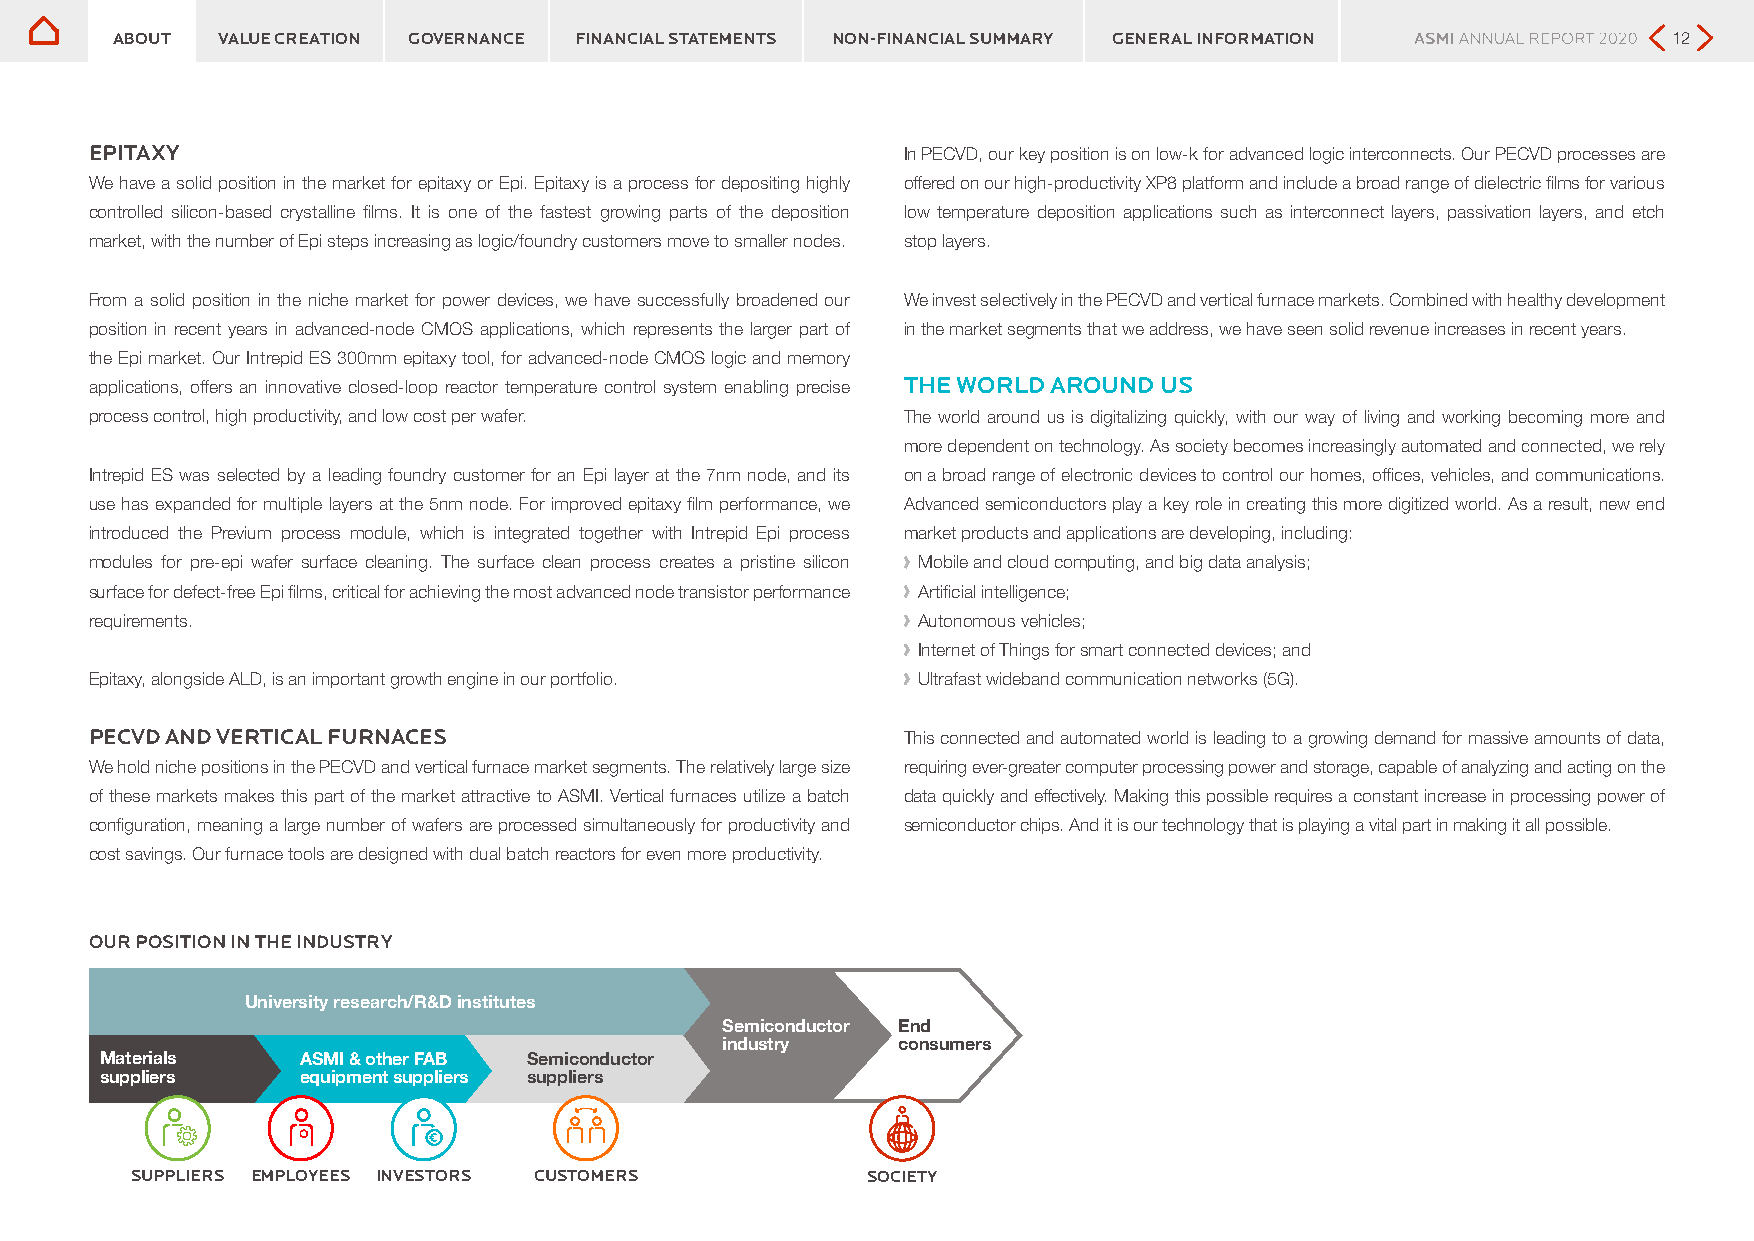
ABOUT  VALUE CREATION GOVERNANCE FINANCIAL STATEMENTS NON-FINANCIAL SUMMARY GENERAL INFORMATION         12
 EPITAXY                                               In PECVD, our key position is on low-k for advanced logic interconnects. Our PECVD processes are
 We have a solid position in the market for epitaxy or Epi. Epitaxy is a process for depositing highly offered on our high-productivity XP8 platform and include a broad range of dielectric films for various
 controlled silicon-based crystalline films. It is one of the fastest growing parts of the deposition low temperature deposition applications such as interconnect layers, passivation layers, and etch
 market, with the number of Epi steps increasing as logic/foundry customers move to smaller nodes. stop layers.
 From a solid position in the niche market for power devices, we have successfully broadened our We invest selectively in the PECVD and vertical furnace markets. Combined with healthy development
 position in recent years in advanced-node CMOS applications, which represents the larger part of in the market segments that we address, we have seen solid revenue increases in recent years.
 the Epi market. Our Intrepid ES 300mm epitaxy tool, for advanced-node CMOS logic and memory
 applications, offers an innovative closed-loop reactor temperature control system enabling precise THE WORLD AROUND US
 process control, high productivity, and low cost per wafer. The world around us is digitalizing quickly, with our way of living and working becoming more and
 more dependent on technology. As society becomes increasingly automated and connected, we rely
 Intrepid ES was selected by a leading foundry customer for an Epi layer at the 7nm node, and its on a broad range of electronic devices to control our homes, offices, vehicles, and communications.
 use has expanded for multiple layers at the 5nm node. For improved epitaxy film performance, we Advanced semiconductors play a key role in creating this more digitized world. As a result, new end
 introduced the Previum process module, which is integrated together with Intrepid Epi process market products and applications are developing, including:
 modules for pre-epi wafer surface cleaning. The surface clean process creates a pristine silicon ›› Mobile and cloud computing, and big data analysis;
 surface for defect-free Epi films, critical for achieving the most advanced node transistor performance ›› Artificial intelligence;
 requirements.                                         ›› Autonomous vehicles;
 ›› Internet of Things for smart connected devices; and
 Epitaxy, alongside ALD, is an important growth engine in our portfolio. ›› Ultrafast wideband communication networks (5G).
 PECVD AND VERTICAL FURNACES                           This connected and automated world is leading to a growing demand for massive amounts of data,
 We hold niche positions in the PECVD and vertical furnace market segments. The relatively large size requiring ever-greater computer processing power and storage, capable of analyzing and acting on the
 of these markets makes this part of the market attractive to ASMI. Vertical furnaces utilize a batch data quickly and effectively. Making this possible requires a constant increase in processing power of
 configuration, meaning a large number of wafers are processed simultaneously for productivity and semiconductor chips. And it is our technology that is playing a vital part in making it all possible.
 cost savings. Our furnace tools are designed with dual batch reactors for even more productivity.
 OUR POSITION IN THE INDUSTRY
 University research/R&D institutes
 Semiconductor End
 industry   consumers
 Materials    ASMI & other FAB Semiconductor
 suppliers    equipment suppliers suppliers
 suppliErs EMPLOYEES INVESTORS CUSTOMERS         SOCIETY